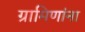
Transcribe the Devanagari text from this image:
ग्रामिणांना